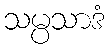
သမ္ပသာဒံ